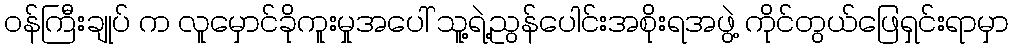
ဝန်ကြီးချုပ် က လူမှောင်ခိုကူးမှုအပေါ် သူ့ရဲ့ညွန်ပေါင်းအစိုးရအဖွဲ့ ကိုင်တွယ်ဖြေရှင်းရာမှာ